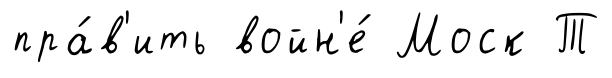
пра́в'ить войн'е́ Моск Т